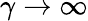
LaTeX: \gamma\to\infty